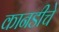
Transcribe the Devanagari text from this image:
कानडीचे